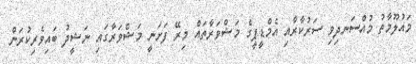
މައުލޫމާތު މުއްސަނދިވި ސަރުކާރާއި އެމްޑީޕީގެ މަޝްވަރާތައް މިރޭ ފަށަނީ މަޝްވަރާގައި ނަޝީދު ބައިވެރިކުރަން